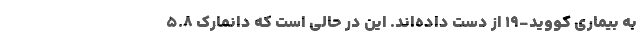
به بیماری کووید-۱۹ از دست داده‌اند. این در حالی است که دانمارک ۵.۸